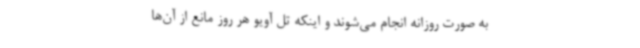
به صورت روزانه انجام می‌شوند و اینکه تل آویو هر روز مانع از آن‌ها